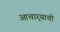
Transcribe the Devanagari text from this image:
आचार्‍याची